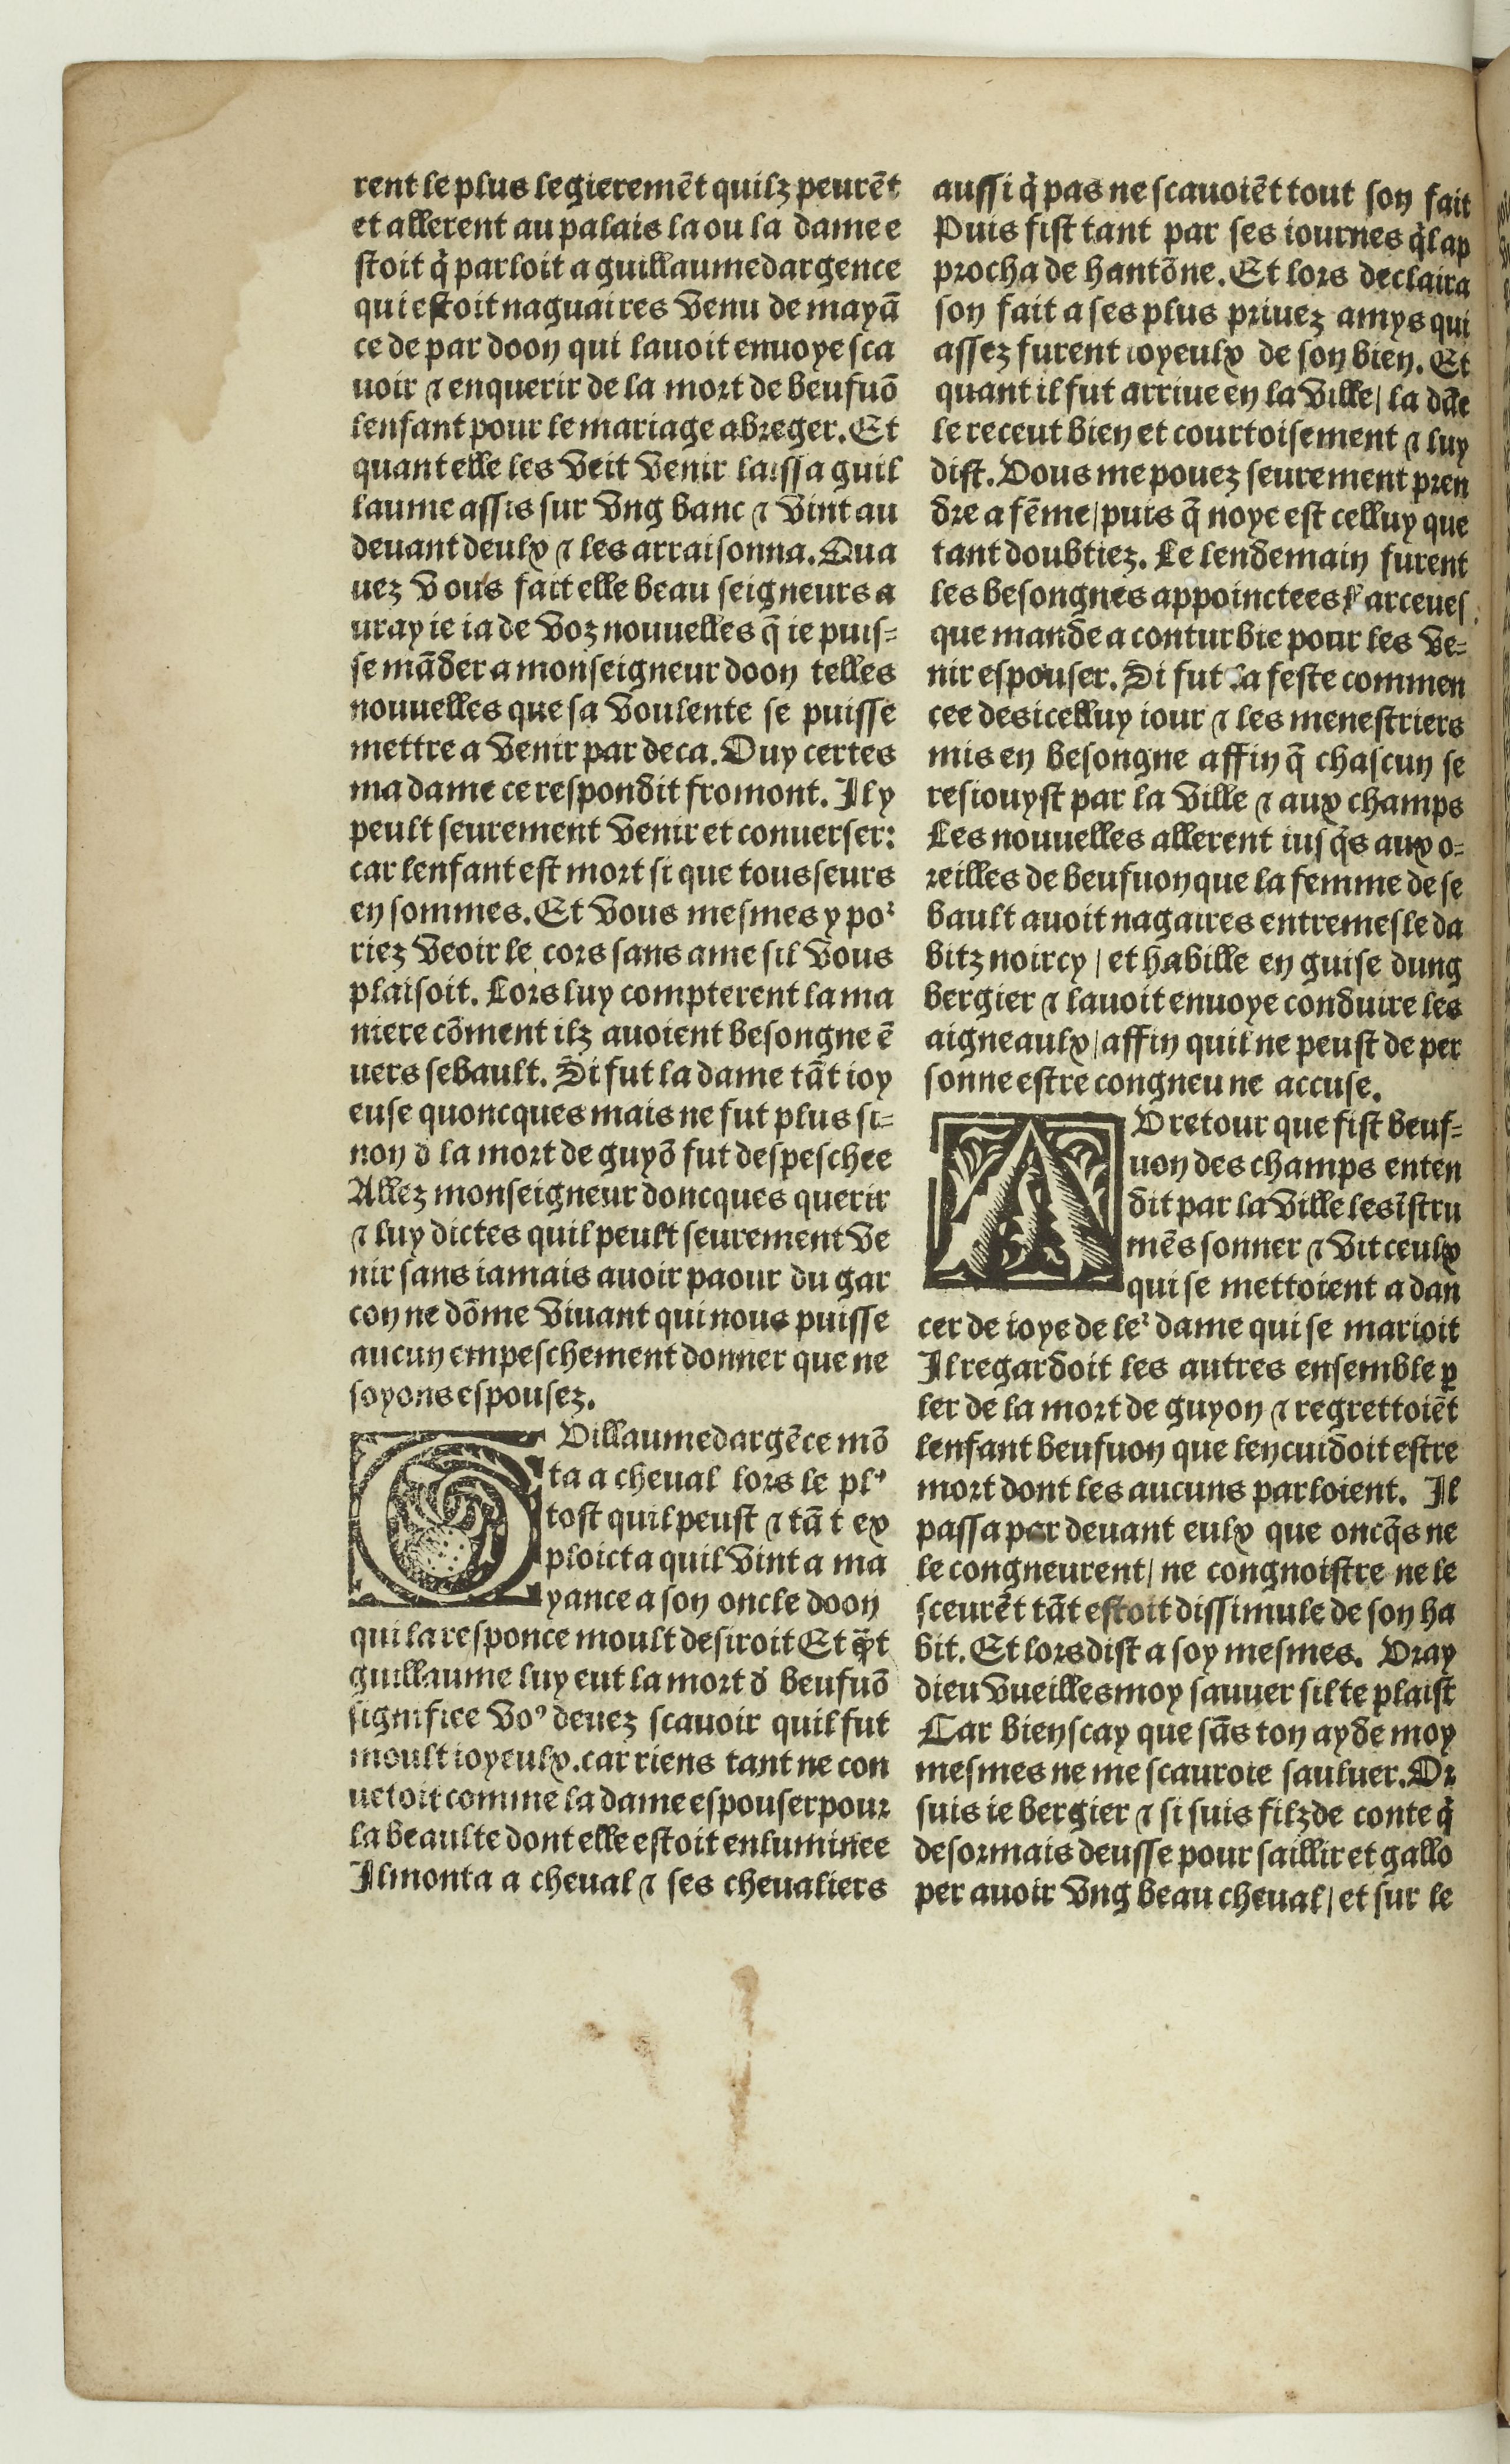
Shelfmark: Paris, BnF, Rés. Y2-674
Century: 16